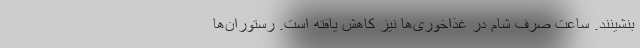
بنشینند. ساعت صرف شام در غذاخوری‌ها نیز کاهش یافته است. رستوران‌ها